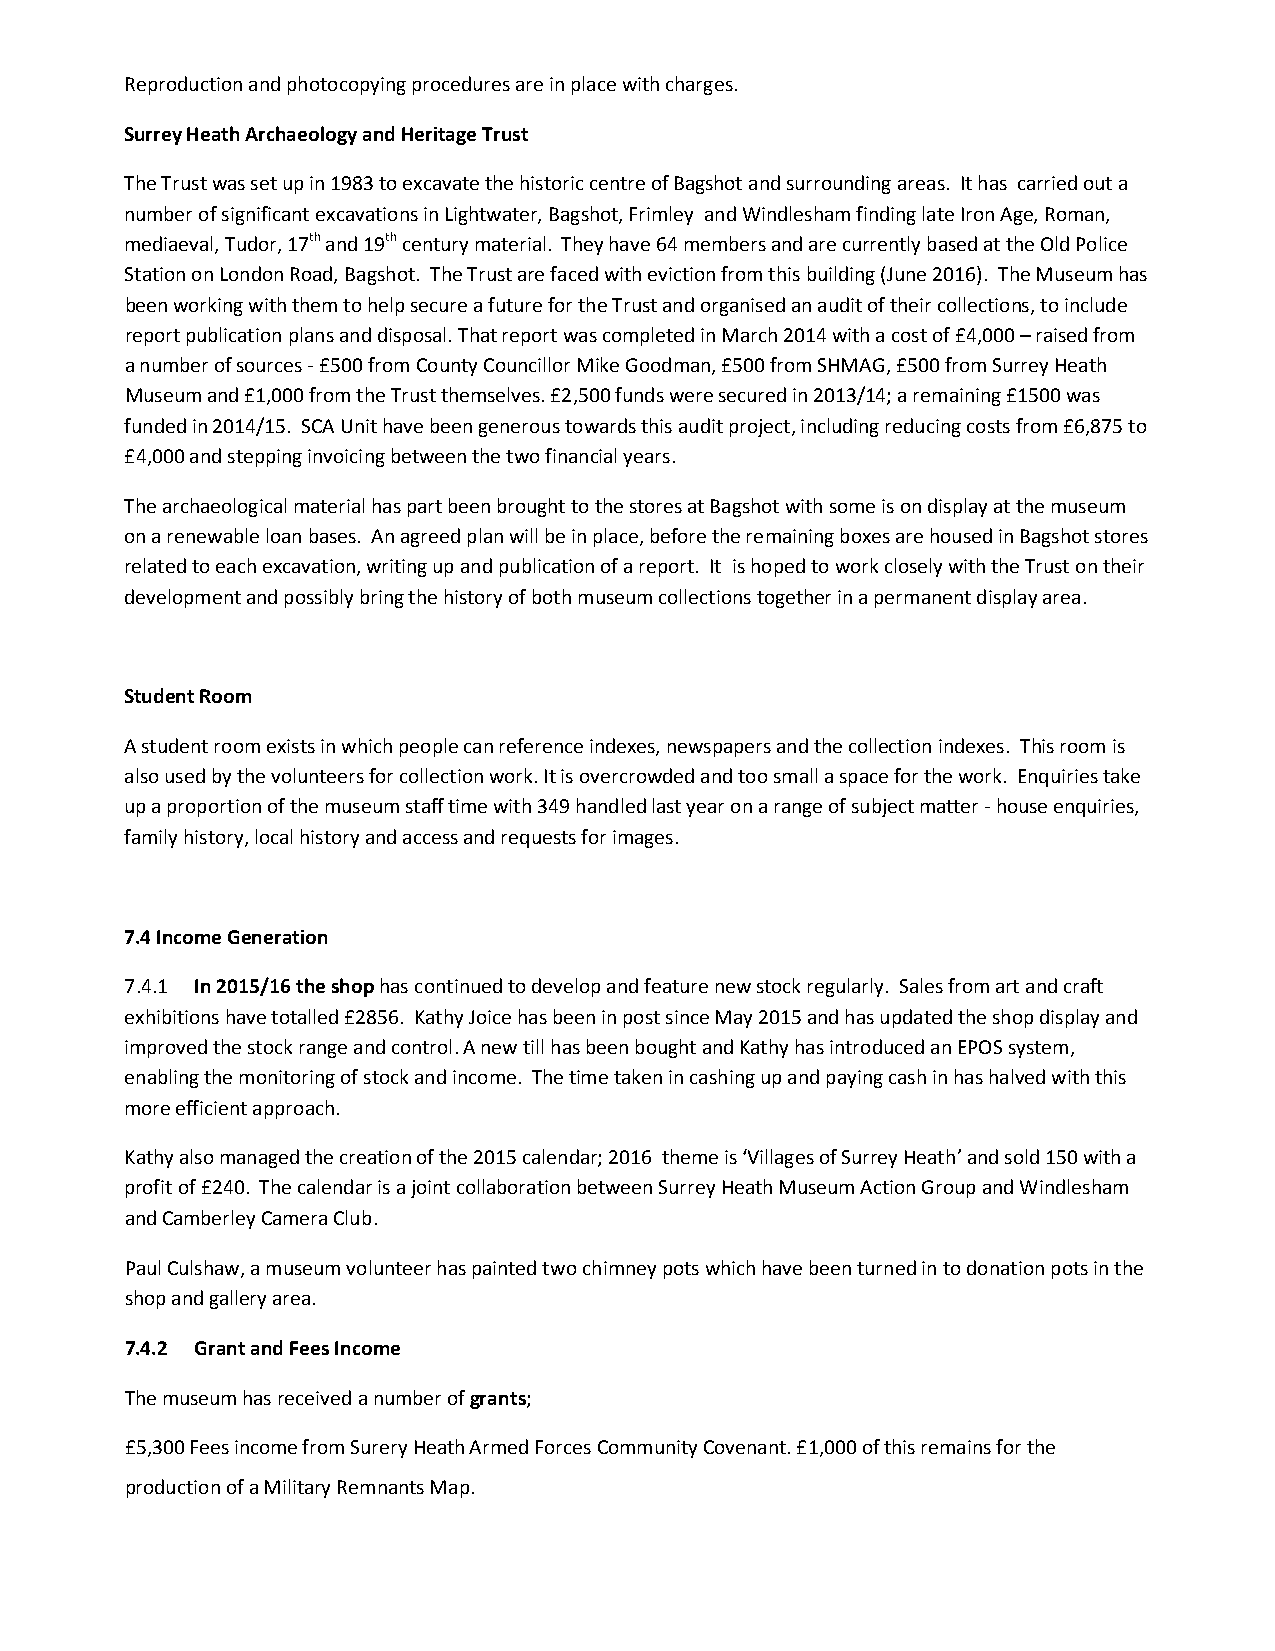
Reproduction and photocopying procedures are in place with charges.
 Surrey Heath Archaeology and Heritage Trust
 The Trust was set up in 1983 to excavate the historic centre of Bagshot and surrounding areas. It has carried out a
 number of significant excavations in Lightwater, Bagshot, Frimley and Windlesham finding late Iron Age, Roman,
 mediaeval, Tudor, 17th and 19th century material. They have 64 members and are currently based at the Old Police
 Station on London Road, Bagshot. The Trust are faced with eviction from this building (June 2016). The Museum has
 been working with them to help secure a future for the Trust and organised an audit of their collections, to include
 report publication plans and disposal. That report was completed in March 2014 with a cost of £4,000 – raised from
 a number of sources - £500 from County Councillor Mike Goodman, £500 from SHMAG, £500 from Surrey Heath
 Museum and £1,000 from the Trust themselves. £2,500 funds were secured in 2013/14; a remaining £1500 was
 funded in 2014/15. SCA Unit have been generous towards this audit project, including reducing costs from £6,875 to
 £4,000 and stepping invoicing between the two financial years.
 The archaeological material has part been brought to the stores at Bagshot with some is on display at the museum
 on a renewable loan bases. An agreed plan will be in place, before the remaining boxes are housed in Bagshot stores
 related to each excavation, writing up and publication of a report. It is hoped to work closely with the Trust on their
 development and possibly bring the history of both museum collections together in a permanent display area.
 Student Room
 A student room exists in which people can reference indexes, newspapers and the collection indexes. This room is
 also used by the volunteers for collection work. It is overcrowded and too small a space for the work. Enquiries take
 up a proportion of the museum staff time with 349 handled last year on a range of subject matter - house enquiries,
 family history, local history and access and requests for images.
 7.4 Income Generation
 7.4.1 In 2015/16 the shop has continued to develop and feature new stock regularly. Sales from art and craft
 exhibitions have totalled £2856. Kathy Joice has been in post since May 2015 and has updated the shop display and
 improved the stock range and control. A new till has been bought and Kathy has introduced an EPOS system,
 enabling the monitoring of stock and income. The time taken in cashing up and paying cash in has halved with this
 more efficient approach.
 Kathy also managed the creation of the 2015 calendar; 2016 theme is ‘Villages of Surrey Heath’ and sold 150 with a
 profit of £240. The calendar is a joint collaboration between Surrey Heath Museum Action Group and Windlesham
 and Camberley Camera Club.
 Paul Culshaw, a museum volunteer has painted two chimney pots which have been turned in to donation pots in the
 shop and gallery area.
 7.4.2 Grant and Fees Income
 The museum has received a number of grants;
 £5,300 Fees income from Surery Heath Armed Forces Community Covenant. £1,000 of this remains for the
 production of a Military Remnants Map.